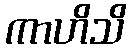
ကာဟိသိ